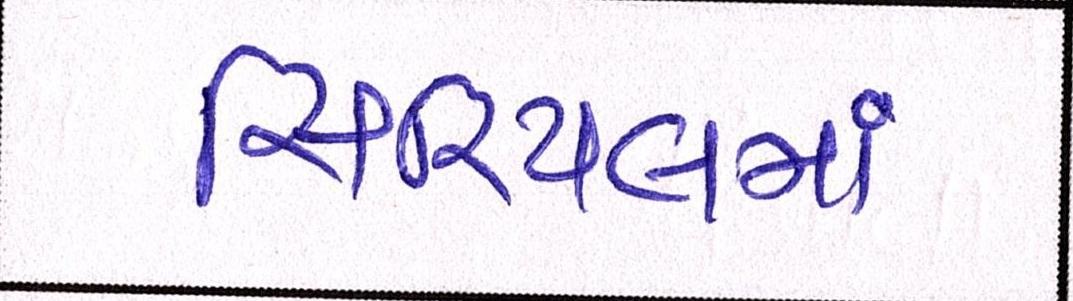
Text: સિરિયલમાં